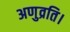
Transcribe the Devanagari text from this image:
अणुव्रति।